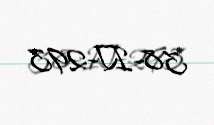
38-IJ-293